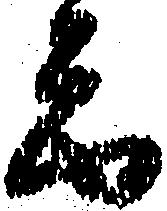
ゑ